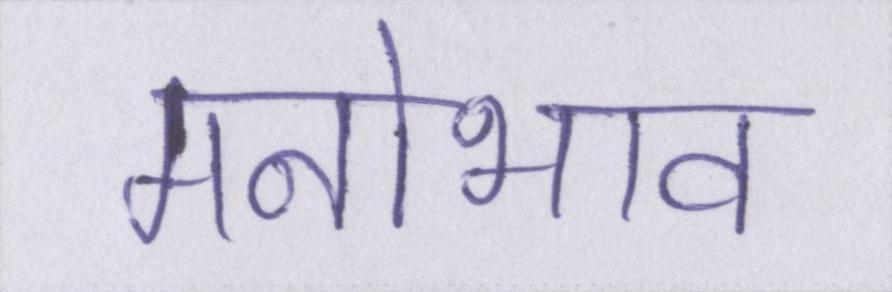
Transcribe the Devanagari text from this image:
मनोभाव